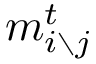
m _ { i \setminus j } ^ { t }